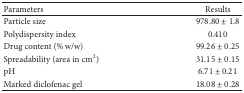
| Parameters | Results |
 | --- | --- |
 | Particle size | 978.80 ± 1.8 |
 | Polydispersity index | 0.410 |
 | Drug content (% w/w) | 99.26 ± 0.25 |
 | Spreadability (area in cm2) | 31.15 ± 0.15 |
 | pH | 6.71 ± 0.21 |
 | Marked diclofenac gel | 18.08 ± 0.28 |